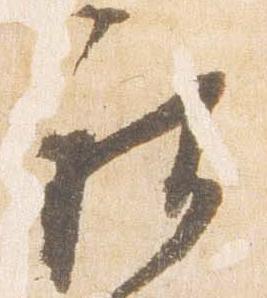
被